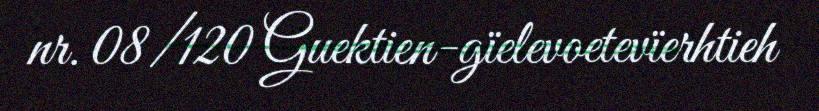
nr. 08/120 Guektien-gïelevoetevïerhtieh